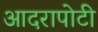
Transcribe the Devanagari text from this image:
आदरापोटी